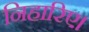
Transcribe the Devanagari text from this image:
निहारिए।